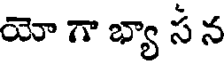
యో గా భ్యా స న